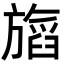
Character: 𬀖